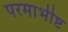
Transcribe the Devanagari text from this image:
परमाभीष्ट